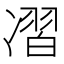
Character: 𰄊